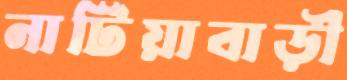
নাটিয়াবাড়ী